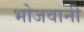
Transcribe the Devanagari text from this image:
भोजवानी